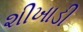
શીખાડી